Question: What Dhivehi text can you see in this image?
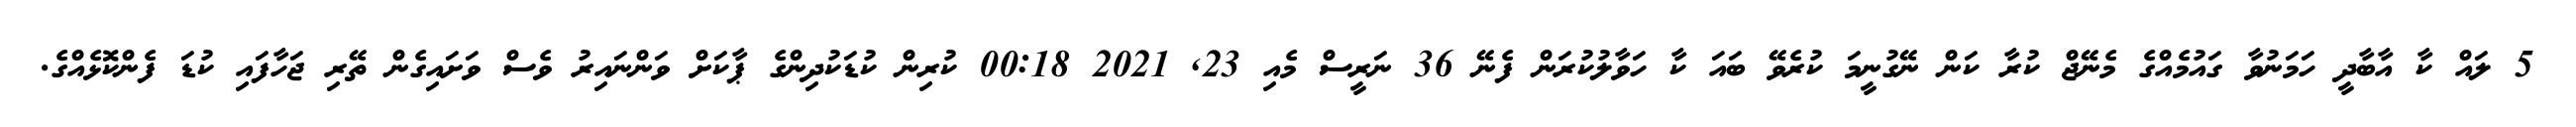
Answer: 5 ލައް ކާ އާބާދީ ހަމަނުވާ ގައުމެއްގެ މެނޭޖް ކުރާ ކަން ނޭގުނީމަ ކުރެވޭ ބައަ ކާ ހަވާލުކުރަން ފެނޭ 36 ނަރީސް މެއި 23, 2021 00:18 ކުރިން ކުޑަކުދިންގެ ޕާކަށް ވަންނައިރު ވެސް ވަށައިގެން ތޭރި ޖަހާފައި ކުޑަ ފެންކޮޅެއްގެ.